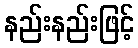
နည်းနည်းဖြင့်